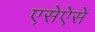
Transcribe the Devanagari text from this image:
एसेऐसे